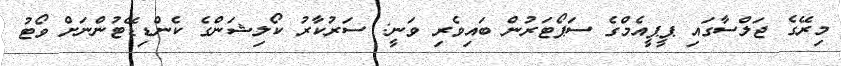
މިރޭގެ ޖަލްސާގައި ޕީޕީއެމްގެ ސަޕޯޓަރުން ބައިވެރި ވަނީ: ސަރުކާރު ކޯލިޝަންގެ ކެންޑިޑޭޓުންނަށް ވޯޓު